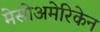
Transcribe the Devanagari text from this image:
मेसोअमेरिकेन